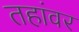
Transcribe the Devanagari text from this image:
तहांवर